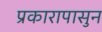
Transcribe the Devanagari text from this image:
प्रकारापासुन